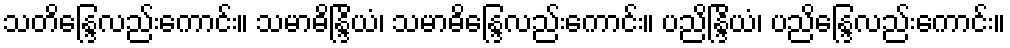
သတိန္ဒြေလည်းကောင်း။ သမာဓိန္ဒြိယံ၊ သမာဓိန္ဒြေလည်းကောင်း။ ပညိန္ဒြိယံ၊ ပညိန္ဒြေလည်းကောင်း။